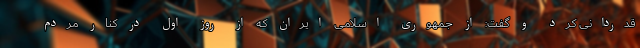
قدردانی کرد و گفت: از جمهوری اسلامی ایران که از روز اول در کنار مردم